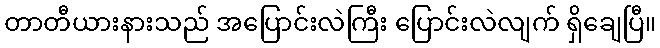
တာတီယားနားသည် အပြောင်းလဲကြီး ပြောင်းလဲလျက် ရှိချေပြီ။